Civil Veterinary Department Bengal reports 1923-33 - 1923-1933
Year: 1923
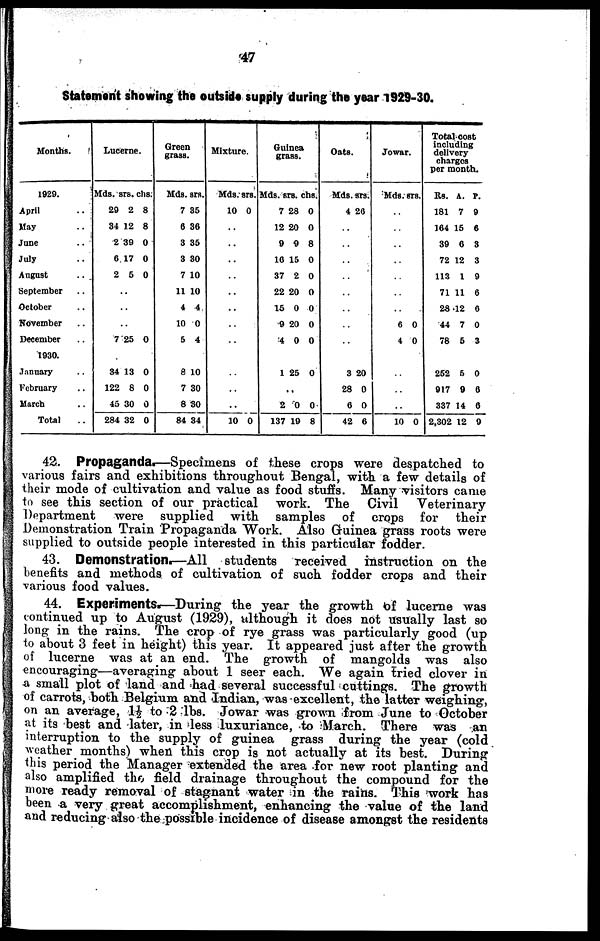
47
Statement showing the outside supply during the year 1929-30.
Months.
1929.
April ..
May ..
June ..
July ..
August ..
September ..
October ..
November ..
December ..
1930.
January ..
February ..
March ..
Total ..
Lucerne
.
Mds.
29
34
2
6
2
..
..
..
7
34
122
45
284
srs.
2
12
39
17
5
25
13
8
30
32
chs.
8
8
0
0
0
0
0
0
0
0
Green
grass
.
Mds.
7
6
3
3
7
11
4
10
5
8
7
8
84
srs.
35
36
35
30
10
10
4
0
4
10
30
30
34
Mixture.
Mds.
10
..
..
..
..
..
..
..
..
..
..
..
10
chs.
0
0
Guinea
grass.
Mds.
7
12
9
10
37
22
15
9
4
1
2
137
srs.
28
20
9
15
2
20
0
20
0
25
..
0
19
chs.
0
0
8
0
0
0
0
0
0
0
0
8
Oats.
Mds.
4
..
..
..
..
..
..
..
..
3
28
6
42
srs.
26
20
0
0
6
Jowar.
Mds.
..
..
..
..
..
..
..
6
4
..
..
..
10
STS.
0
0
0
Total cost
including
delivery
charges
per month.
Rs.
181
164
39
72
113
71
28
44
78
252
917
337
2,302
A.
7
15
0
12
1
11
12
7
5
5
9
14
12
P.
9
6
3
3
9
6
6
0
3
0
6
6
9
42. Propaganda.—Specimens of these crops were despatched to
various fairs and exhibitions throughout Bengal, with a few details of
their mode of cultivation and value as food stuffs. Many visitors came
to see this section of our practical work. The Civil
Veterinary
Department
were supplied with samples of crops for
their
Demonstration Train Propaganda Work. Also Guinea grass roots were
supplied to outside people interested in this particular fodder.
43. Demonstration—All
students received instruction on the
benefits and methods of cultivation of such fodder crops and their
various food values.
44. Experiments.—During the year the growth of lucerne was
continued up to August (1929), although it does not usually last so
long in the rains. The crop of rye grass was particularly good (up
to about 3 feet in height) this year. It appeared just after the growth
of lucerne was at an end. The growth of mangolds was also
encouraging—averaging about 1 seer each. We again tried clover in
a small plot of land and had several successful cuttings. The growth
of carrots, both Belgium and Indian, was excellent, the latter weighing,
on an average, 1½ to 2 lbs. Jowar was grown from June to October
at its best and later, in less luxuriance, to March. There was an
interruption to the supply of guinea grass during the year (cold
weather months) when this crop is not actually at its best. During
this period the Manager extended the area for new root planting and
also amplified the field drainage throughout the compound for the
wove ready removal of stagnant water in the rains. This work has
been a very great accomplishment, enhancing the value of the land
and reducing also the possible incidence of disease amongst the residents